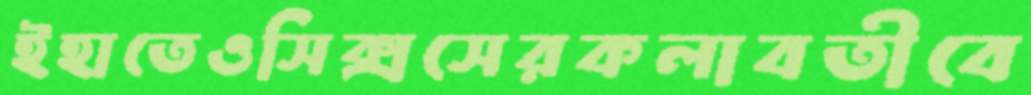
ইহাতেওসিক্সসেরকলাবতীবে